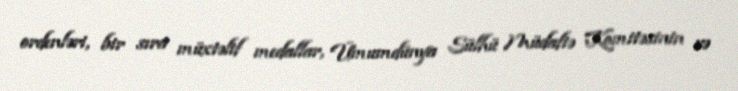
ordenləri, bir sıra müxtəlif medallar, Ümumdünya Sülhü Müdafiə Komitəsinin və